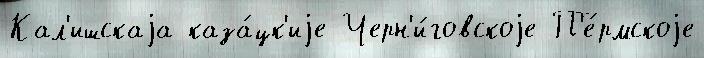
Кал'ишскаjа каза́цк'иjе Черн'и́говскоjе П'е́рмскоjе